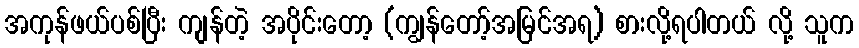
အကုန်ဖယ်ပစ်ပြီး ကျန်တဲ့ အပိုင်းတော့ (ကျွန်တော့်အမြင်အရ) စားလို့ရပါတယ် လို့ သူက